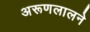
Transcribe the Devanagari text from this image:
अरूणलालने